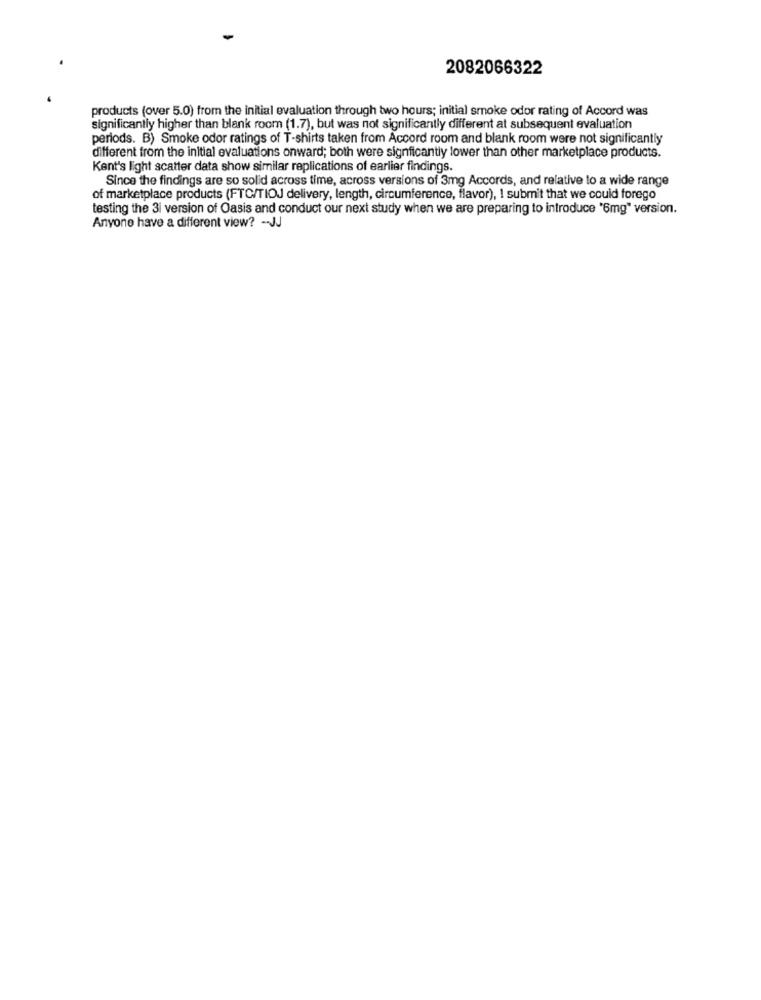
2082066322
products (over 5.0) from the initial evaluation through two hours; initial smoke odor rating of Accord was
significantly higher than blank room (1.7), but was not significantly different at subsequent evaluation
periods. B) Smoke odor ratings of T-shirts taken from Accord room and blank room were not significantly
different from the initial evaluations onward; both were significantly lower than other marketplace products.
Kent's light scatter data show similar replications of earlier findings.
Since the findings are so solid across time, across versions of 3mg Accords, and relative to a wide range
of marketplace products (FTC/TIOJ delivery, length, circumference, flavor), I submit that we could forego
testing the 3i version of Oasis and conduct our next study when we are preparing to introduce "6mg" version.
Anyone have a different view? - JJ